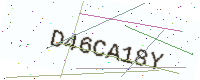
Text: D46CA18Y